system: You are a helpful assistant.
user:
Analyze the provided spectrum to determine if it is a **Carbon Star (C-type)**.

- **Key Visual Indicators of Carbon Star:**
    - **(Primary):** Strong molecular absorption from **C₂ (diatomic carbon) "Swan Bands."** This is the **defining feature** of a carbon star.
        - **(Key Bandheads):** Sharp absorption edges are visible at approximately $5635$ Å, $5165$ Å (the strongest band), and $4737$ Å.
        - **(Line Profile):** Creates a distinct **"saw-tooth"** pattern. The key morphology is a sharp, steep bandhead on the **red (long-wavelength) side**, which then gradually tapers off (i.e., flux recovers) towards the **blue (short-wavelength) side**. *(This is the direct opposite of the TiO bands seen in M-type stars)*.

    - **(Secondary):** Intense **CN (cyanogen)** molecular absorption bands.
        - **(Key Bandheads):** Located in the blue and violet regions of the spectrum (e.g., near $4215$ Å and $3883$ Å).
        - **(Morphology):** These bands are extremely broad and act as a "blanket," absorbing the vast majority of blue and violet light. This creates a characteristic **"cliff"** or **"steep drop-off"** in the spectrum's flux at short wavelengths.

    - **(Key Confirmation):** Strong **CH absorption band (G-band)**.
        - **(Key Bandhead):** Located around $4300$ Å. The contribution from CH molecules to this band is exceptionally strong.

    - **(Overall Spectrum):**
        - The continuum is severely "chopped up" by these deep molecular bands, especially C₂, rather than appearing as a smooth curve.
        - Due to the heavy CN and C₂ absorption in the blue-green, the vast majority of the star's flux is concentrated in the red part of the spectrum, giving the star its characteristic deep red color.

Think first, call **spectral_visualization_tool** if needed to examine features in detail, then provide your final answer. Your response must adhere to the following strict rules:
1.  **Overall Structure:** Your response must follow the format `<think>...</think> <tool_call>...</tool_call> (if a tool is used) <answer>...</answer>`.
2.  **Tool Usage Constraint:** You may only make **one** tool call per turn.
3.  **Final Answer Format:** In the `<answer>` tag, your conclusion must be inside a `\boxed{}` command (e.g., `\boxed{YES}`), followed by your justification.

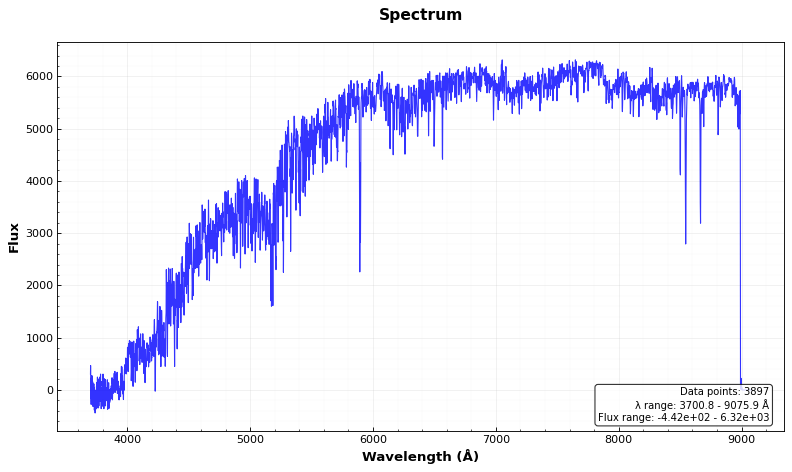
Answer: NO